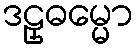
ဒဠှဓမ္မော